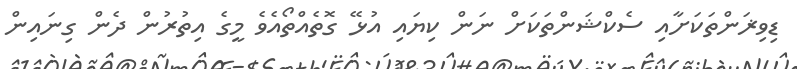
ޑިވިޜަންތަކަށާއި ސެކްޝަންތަކަށް ނަން ކިޔައި އުޅޭ ގޮތެއްތޯއެވެ މީގެ އިތުރުން ދެން ގިނައިން